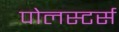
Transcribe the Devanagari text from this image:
पोलस्टर्स